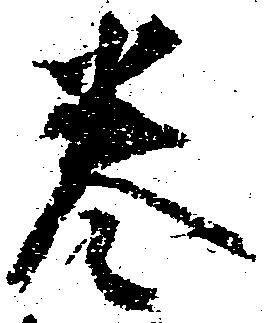
巻